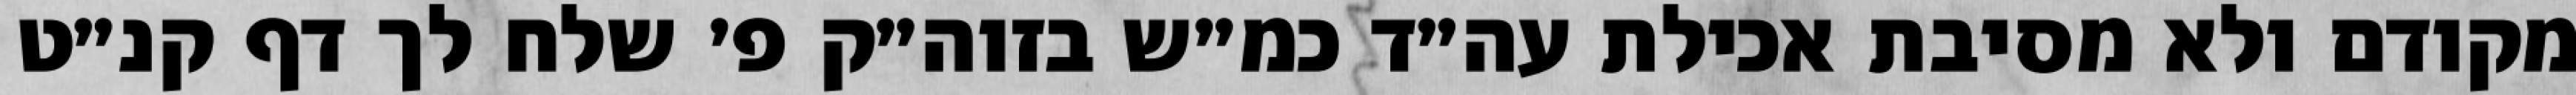
מקודם ולא מסיבת אכילת עה״ד כמ״ש בזוה״ק פ׳ שלח לך דף קנ״ט